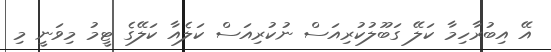
އޭ އިބުރާހިމާ ކަލޭ ގަބޫލުކުރިއަސް ނުކުރިއަސް ކަލެއާ ކަލޭގެ ޓީމު މިވަނީ މި